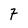
Character: 7